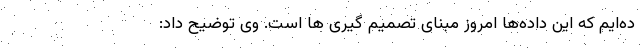
ده‌ایم که این داده‌ها امروز مبنای تصمیم گیری ها است. وی توضیح داد: